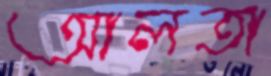
আলতা